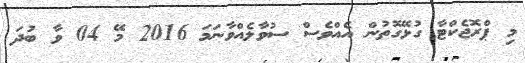
މި ޕްރޮޖެކްޓާ ގުޅޭގޮތުން އެއްވެސް ސުވާލެއްވާނަމަ 2016 މޭ 04 ވާ ބުދަ